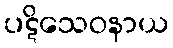
ပဋိသေဝနာယ